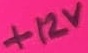
Text: +12V